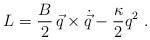
LaTeX: \begin{align*}{L} = {B\over 2} \, \vec q \times \dot{\vec q} -{\kappa\over 2} q^2 \;.\end{align*}